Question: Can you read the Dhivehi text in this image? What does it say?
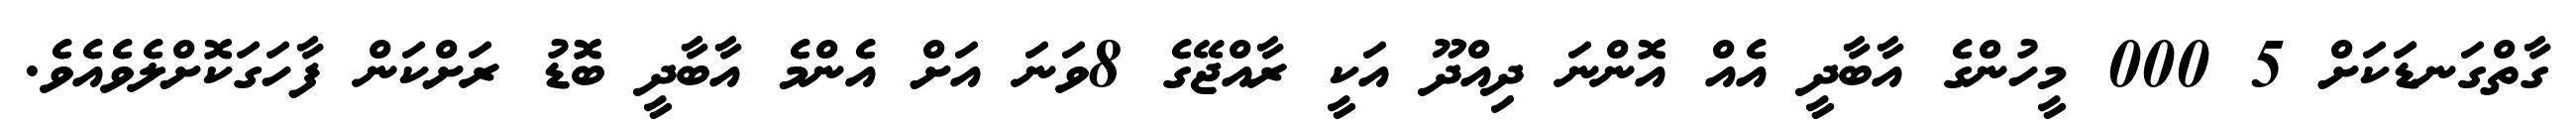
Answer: ގާތްގަނޑަަކަށް 5 000 މީހުންގެ އާބާދީ އެއް އޮންނަ ދިއްދޫ އަކީ ރާއްޖޭގެ 8ވަނަ އަށް އެންމެ އާބާދީ ބޮޑު ރަށްކަން ފާހަގަކޮށްލެވެއެވެ.